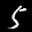
Label: 5